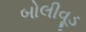
બોલીવૂડ